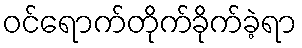
ဝင်ရောက်တိုက်ခိုက်ခဲ့ရာ